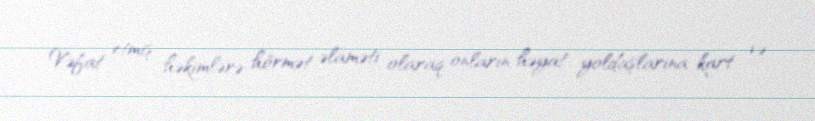
Vəfat etmiş həkimlərə hörmət əlaməti olaraq onların həyat yoldaşlarına kart və